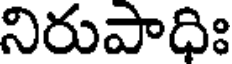
నిరుపాధిః